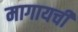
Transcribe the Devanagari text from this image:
मागायची